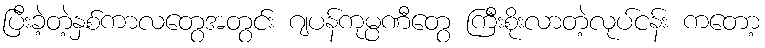
ပြီးခဲ့တဲ့နှစ်ကာလတွေအတွင်း ဂျပန်ကုမ္ပဏီတွေ ကြီးစိုးလာတဲ့လုပ်ငန်း ကတော့